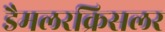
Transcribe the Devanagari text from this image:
डैमलरक्रिसलर